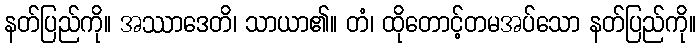
နတ်ပြည်ကို။ အဿာဒေတိ၊ သာယာ၏။ တံ၊ ထိုတောင့်တမအပ်သော နတ်ပြည်ကို။